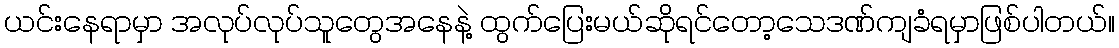
ယင်းနေရာမှာ အလုပ်လုပ်သူတွေအနေနဲ့ ထွက်ပြေးမယ်ဆိုရင်တော့သေဒဏ်ကျခံရမှာဖြစ်ပါတယ်။